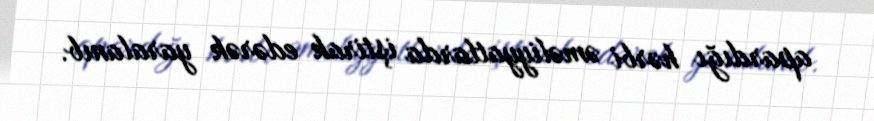
apardığı hərbi əməliyyatlarda iştirak edərək yaralanıb.